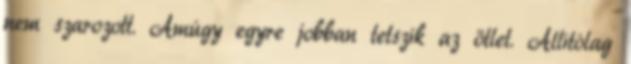
nem szarozott. Amúgy egyre jobban tetszik az ötlet. Állítólag